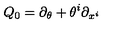
Q _ { 0 } = \partial _ { \theta } + \theta ^ { i } \partial _ { x ^ { i } }